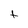
Character: t